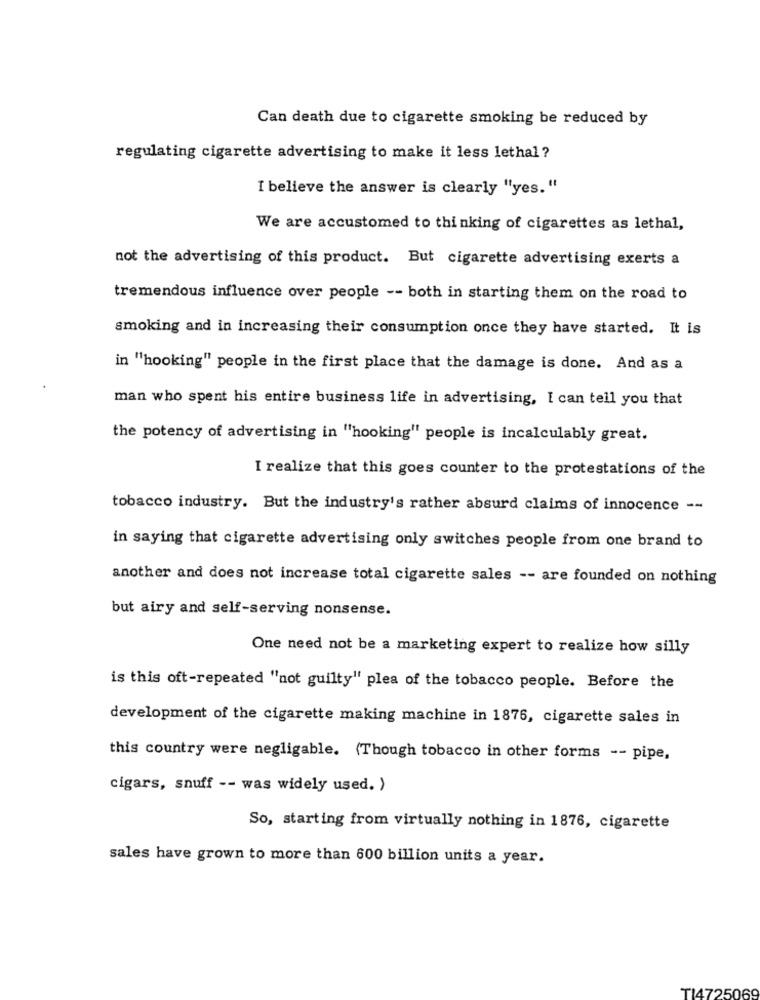
Can death due to cigarette smoking be reduced by
regulating cigarette advertising to make it less lethal ?
I believe the answer is clearly "yes."
We are accustomed to thinking of cigarettes as lethal,
not the advertising of this product. But cigarette advertising exerts a
tremendous influence over people -- both in starting them on the road to
smoking and in increasing their consumption once they have started. It is
in "hooking" people in the first place that the damage is done. And as a
man who spent his entire business life in advertising, I can tell you that
the potency of advertising in "hooking" people is incalculably great.
I realize that this goes counter to the protestations of the
tobacco industry. But the industry's rather absurd claims of innocence --
in saying that cigarette advertising only switches people from one brand to
another and does not increase total cigarette sales -- are founded on nothing
but airy and self-serving nonsense.
One need not be a marketing expert to realize how silly
is this oft-repeated "not guilty" plea of the tobacco people. Before the
development of the cigarette making machine in 1876, cigarette sales in
this country were negligable. (Though tobacco in other forms -- pipe,
cigars, snuff -- was widely used. )
So, starting from virtually nothing in 1876, cigarette
sales have grown to more than 600 billion units a year.
TI4725069